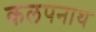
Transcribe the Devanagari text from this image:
कलपनाथ